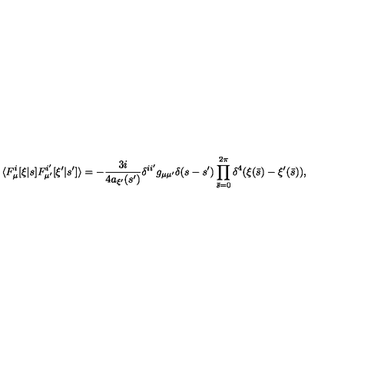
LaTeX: \langle F _ { \mu } ^ { i } [ \xi | s ] F _ { \mu ^ { \prime } } ^ { i ^ { \prime } } [ \xi ^ { \prime } | s ^ { \prime } ] \rangle = - { \frac { 3 i } { 4 a _ { \xi ^ { \prime } } ( s ^ { \prime } ) } } \delta ^ { i i ^ { \prime } } g _ { \mu \mu ^ { \prime } } \delta ( s - s ^ { \prime } ) \prod _ { \bar { s } = 0 } ^ { 2 \pi } \delta ^ { 4 } ( \xi ( \bar { s } ) - \xi ^ { \prime } ( \bar { s } ) ) ,